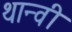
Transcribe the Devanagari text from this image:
थान्वी